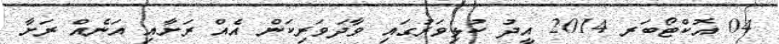
04 އޮކްޓޯބަރ 2014 އީދު ކުޅިވަރުގައި ވާދަވަރިކަން އެއް ރަށާއި އަނެއް ރަށާ